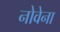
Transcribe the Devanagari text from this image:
नोवेना